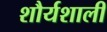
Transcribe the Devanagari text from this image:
शौर्यशाली